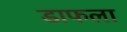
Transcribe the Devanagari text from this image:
डाफला